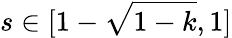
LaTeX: s\in[1-\sqrt{1-k},1]